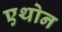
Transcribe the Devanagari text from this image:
एथोन